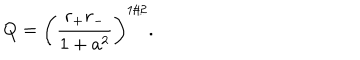
Q = \left( { \frac { r _ { + } r _ { - } } { 1 + a ^ { 2 } } } \right) ^ { 1 / 2 } .